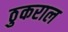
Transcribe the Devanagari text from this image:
ठुकराल